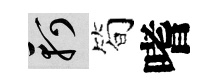
軻筍嗜